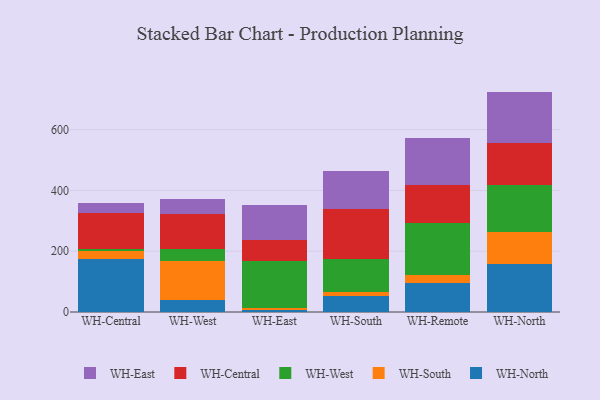
{"axis": {"x": "Warehouse", "y": "Active Users"}, "legend": ["WH-Central", "WH-East", "WH-North", "WH-South", "WH-West"], "data": [{"x": "WH-Central", "y": 173.5, "type": "WH-North"}, {"x": "WH-Central", "y": 28.4, "type": "WH-South"}, {"x": "WH-Central", "y": 5.5, "type": "WH-West"}, {"x": "WH-Central", "y": 119.9, "type": "WH-Central"}, {"x": "WH-Central", "y": 32.5, "type": "WH-East"}, {"x": "WH-West", "y": 39.9, "type": "WH-North"}, {"x": "WH-West", "y": 127.7, "type": "WH-South"}, {"x": "WH-West", "y": 38.2, "type": "WH-West"}, {"x": "WH-West", "y": 117.5, "type": "WH-Central"}, {"x": "WH-West", "y": 47.7, "type": "WH-East"}, {"x": "WH-East", "y": 6.7, "type": "WH-North"}, {"x": "WH-East", "y": 7.9, "type": "WH-South"}, {"x": "WH-East", "y": 153.3, "type": "WH-West"}, {"x": "WH-East", "y": 70.2, "type": "WH-Central"}, {"x": "WH-East", "y": 114.4, "type": "WH-East"}, {"x": "WH-South", "y": 51.4, "type": "WH-North"}, {"x": "WH-South", "y": 15.0, "type": "WH-South"}, {"x": "WH-South", "y": 107.2, "type": "WH-West"}, {"x": "WH-South", "y": 166.1, "type": "WH-Central"}, {"x": "WH-South", "y": 125.2, "type": "WH-East"}, {"x": "WH-Remote", "y": 95.4, "type": "WH-North"}, {"x": "WH-Remote", "y": 26.4, "type": "WH-South"}, {"x": "WH-Remote", "y": 170.7, "type": "WH-West"}, {"x": "WH-Remote", "y": 125.1, "type": "WH-Central"}, {"x": "WH-Remote", "y": 154.1, "type": "WH-East"}, {"x": "WH-North", "y": 157.1, "type": "WH-North"}, {"x": "WH-North", "y": 107.0, "type": "WH-South"}, {"x": "WH-North", "y": 155.0, "type": "WH-West"}, {"x": "WH-North", "y": 136.2, "type": "WH-Central"}, {"x": "WH-North", "y": 169.8, "type": "WH-East"}]}